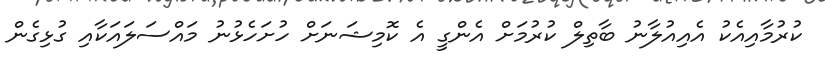
ކުރުމާއިއެކު އެއިއުލާނު ބާތިލް ކުރުމަށް އެންގީ އެ ކޮމިޝަނަށް ހުށަހެޅުނު މައްސަލައަކާއި ގުޅިގެން